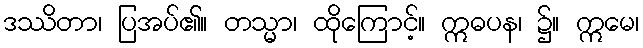
ဒဿိတာ၊ ပြအပ်၏။ တသ္မာ၊ ထိုကြောင့်။ ဣဓပန၊ ၌။ ဣမေ၊